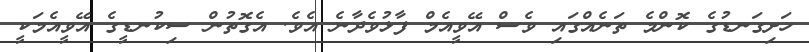
ހަށިގަނޑުގެ ކޮންމެ ތަނެއްގައި ވެސް އޭވީއެމް ފާޅުވެދާނެ އެވެ. އެގޮތުން ސިކުނޑީގެ އޭވީއެމަކީ